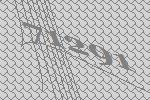
71291